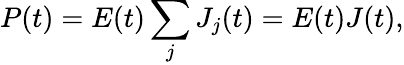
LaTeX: P(t)=E(t)\sum_{j}J_{j}(t)=E(t)J(t),